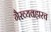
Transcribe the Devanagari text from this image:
गैरव्यवहारच